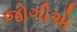
જોગીએ